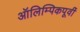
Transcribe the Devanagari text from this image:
ऑलिम्पिकपूर्वी